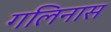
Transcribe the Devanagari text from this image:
गलिनास